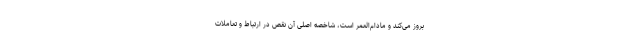
بروز می‌کند و مادام‌العمر است، شاخصه‌ اصلی آن نقص در ارتباط و تعاملات